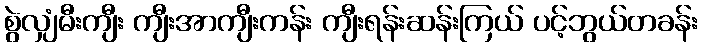
စွဲလျှံမီးကျီး ကျီးအာကျီးကန်း ကျီးရန်းဆန်းကြယ် ပင့်ဘွယ်တခန်း